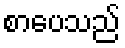
စာပေသည်